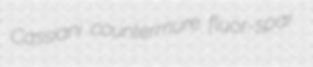
Cassiani countermure fluor-spar